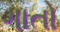
ગાતો